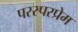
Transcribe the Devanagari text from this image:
परस्परप्रेम